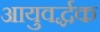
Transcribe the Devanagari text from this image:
आयुवर्द्धक